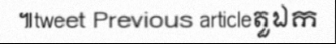
៕tweet Previous articleតួឯក